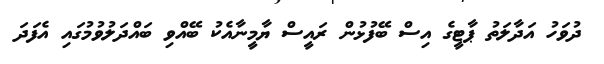
ދުވަހު އަދާލަތު ޕާޓީގެ އިސް ބޭފުޅުން ރައީސް ޔާމީނާއެކު ބޭއްވި ބައްދަލުވުމުގައި އެފަދަ